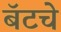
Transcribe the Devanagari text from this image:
बॅटचे